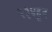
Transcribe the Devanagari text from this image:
२३४हून